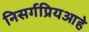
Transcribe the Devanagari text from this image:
निसर्गप्रियआहे